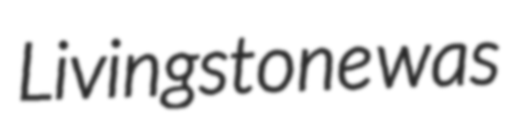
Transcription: Livingstone was